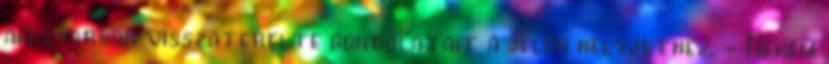
aki gyorsan visszaterelte gondolatait a jelen helyzethez. - Nekem